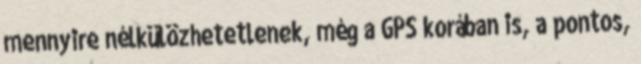
mennyire nélkülözhetetlenek, még a GPS korában is, a pontos,